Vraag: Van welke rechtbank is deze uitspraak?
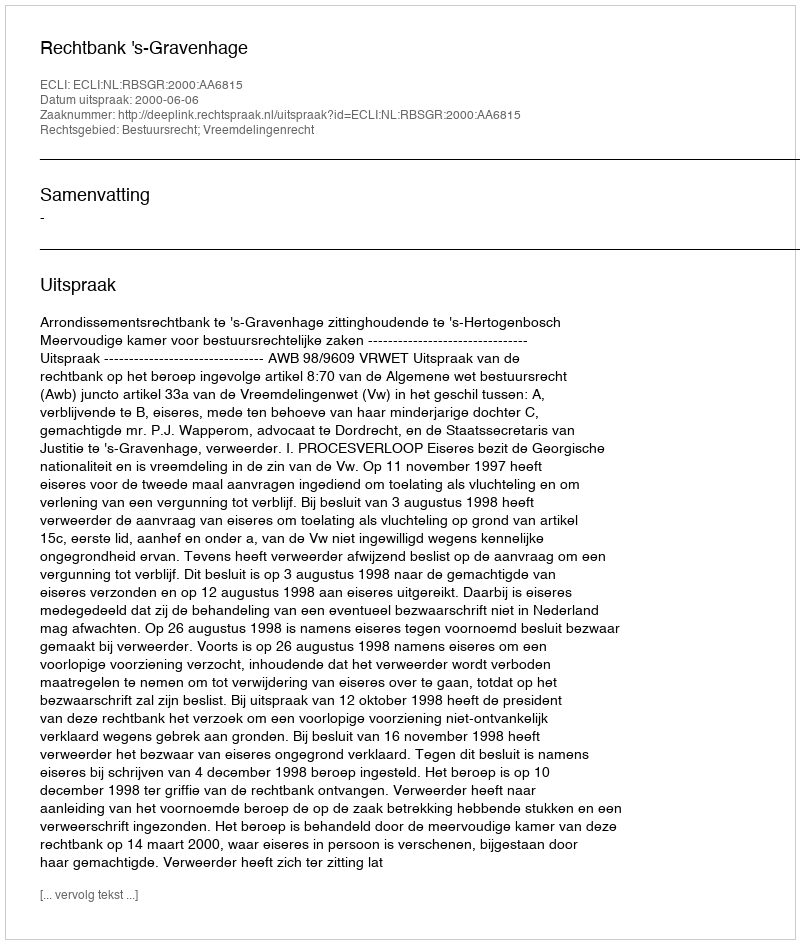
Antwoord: Rechtbank 's-Gravenhage